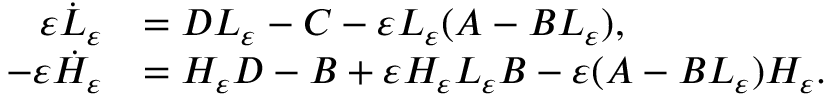
\begin{array} { r l } { { \varepsilon } \dot { L } _ { \varepsilon } } & { = D L _ { \varepsilon } - C - { \varepsilon } L _ { \varepsilon } ( A - B L _ { \varepsilon } ) , } \\ { - { \varepsilon } \dot { H } _ { \varepsilon } } & { = H _ { \varepsilon } D - B + { \varepsilon } H _ { \varepsilon } L _ { \varepsilon } B - { \varepsilon } ( A - B L _ { \varepsilon } ) H _ { \varepsilon } . } \end{array}